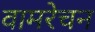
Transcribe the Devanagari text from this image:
वामरेचन